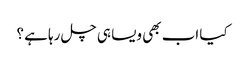
کیا اب بھی ویسا ہی چل رہا ہے ؟